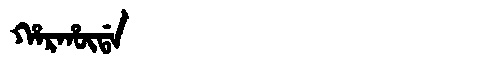
Manchu: ᡥᠠᡵᡥᡡᡩᠠ
Romanization: HARHŪDA